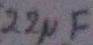
Text: 22µF